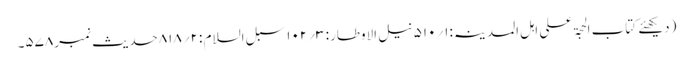
(دیکھئے کتاب الحجۃ علی اہل المدینہ:۱؍۵۱۰نیل الاوطار: ۳؍۱۰۲ سبل السلام :۲؍۸۱۸حدیث نمبر۵۷۸۔